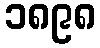
၁၈၉၈